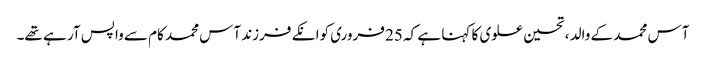
آس محمد کے والد ، تحسین علوی کا کہنا ہے کہ 25 فروری کوانکے فرزند آس محمد کام سے واپس آر ہے تھے۔